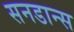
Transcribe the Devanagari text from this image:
सनडान्स